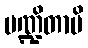
ပဏ္ဍိတာပိ